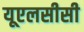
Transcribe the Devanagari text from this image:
यूएलसीसी